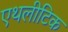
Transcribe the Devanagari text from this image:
एथलीटिक